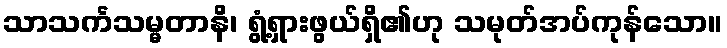
သာသင်္ကသမ္မတာနိ၊ ရွံ့ရှားဖွယ်ရှိ၏ဟု သမုတ်အပ်ကုန်သော။